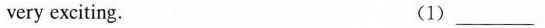
very exciting. (1)__